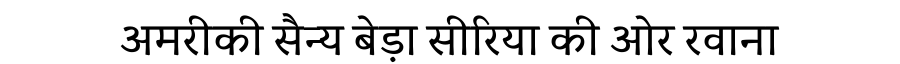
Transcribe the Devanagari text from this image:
अमरीकी सैन्य बेड़ा सीरिया की ओर रवाना